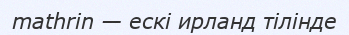
mathrin — ескі ирланд тілінде